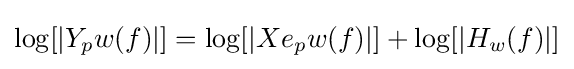
\log[|Y_{p}w(f)|]=\log[|Xe_{p}w(f)|]+\log[|H_{w}(f)|]